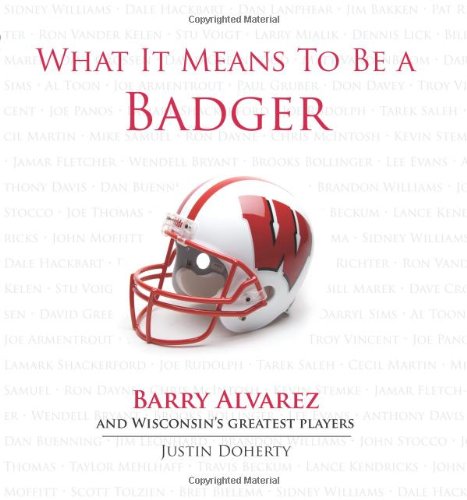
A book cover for What It Means to Be a Badger: Barry Alvarez and Wisconsin's Greatest Players; Justin Doherty; Travel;